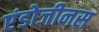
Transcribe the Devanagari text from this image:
एंडोजीनस